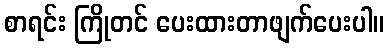
စာရင်း ကြိုတင် ပေးထားတာဖျက်ပေးပါ။